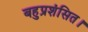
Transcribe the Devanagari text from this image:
बहुप्रशंसित।